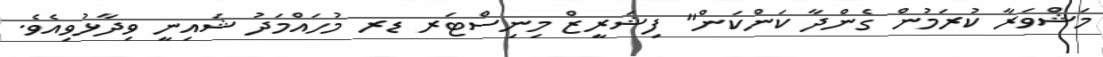
މަޝްވަރާ ކުރަމުން ގެންދާ ކަންކަން" ފިޝަރީޒް މިނިސްޓަރ ޑރ މުހައްމަދު ޝައިނީ ވިދާޅުވިއެވެ.